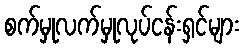
စက်မှုလက်မှုလုပ်ငန်းရှင်များ